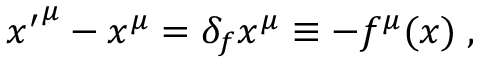
{ x ^ { \prime } } ^ { \mu } - x ^ { \mu } = \delta _ { f } x ^ { \mu } \equiv - f ^ { \mu } ( x ) \; ,